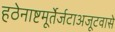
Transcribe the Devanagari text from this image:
हठेनाष्टमूर्तेर्जटाअजूटवासे